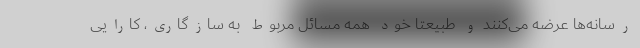
رسانه‌ها عرضه می‌کنند و طبیعتا خود همه مسائل مربوط به سازگاری، کارایی